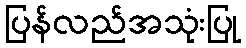
ပြန်လည်အသုံးပြု